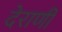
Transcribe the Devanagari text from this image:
देराणी